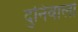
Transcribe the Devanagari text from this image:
दुनिवालों